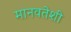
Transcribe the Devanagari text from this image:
मानवतेशी